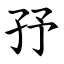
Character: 㜿